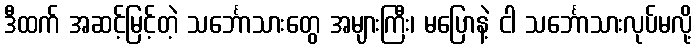
ဒီထက် အဆင့်မြင့်တဲ့ သင်္ဘောသားတွေ အများကြီး၊ မပြောနဲ့ ငါ သင်္ဘောသားလုပ်မလို့